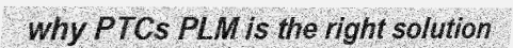
why PTCs PLM is the right solution